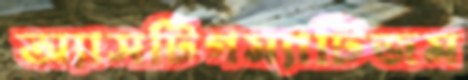
অ্যাসটিগম্যাটিজম